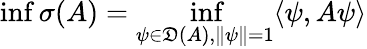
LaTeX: \operatorname*{inf}\sigma(A)=\operatorname*{inf}_{\psi\in{\mathfrak{D}}(A),\| \psi\| =1}\langle\psi,A\psi\rangle